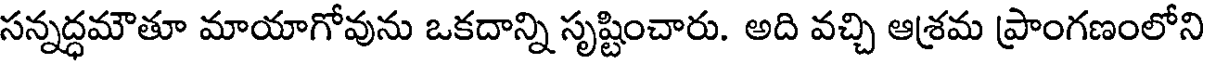
సన్నద్ధమౌతూ మాయాగోవును ఒకదాన్ని సృష్టించారు. అది వచ్చి ఆశ్రమ ప్రాంగణంలోని